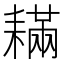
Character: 𦔚